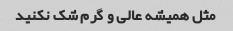
مثل همیشه عالی و گرم شک نکنید